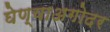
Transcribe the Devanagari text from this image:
घेण्याअगोदर